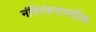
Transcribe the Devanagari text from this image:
नंदिमंडपामधील